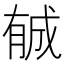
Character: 𣎉